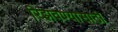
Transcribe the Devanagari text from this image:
रिझवण्यासाठी